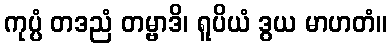
ကုပ္ပံ တဒညံ တမ္ဗာဒိ၊ ရူပိယံ ဒွယ မာဟတံ။